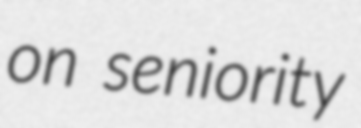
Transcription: on seniority